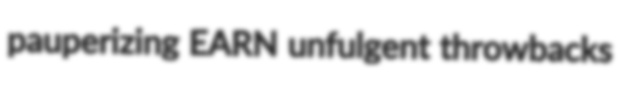
pauperizing EARN unfulgent throwbacks